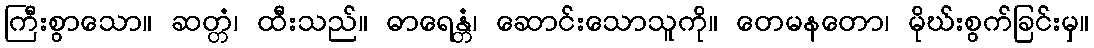
ကြီးစွာသော။ ဆတ္တံ၊ ထီးသည်။ ဓာရေန္တံ၊ ဆောင်းသောသူကို။ တေမနတော၊ မိုဃ်းစွက်ခြင်းမှ။